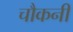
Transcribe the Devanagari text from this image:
चौकनी